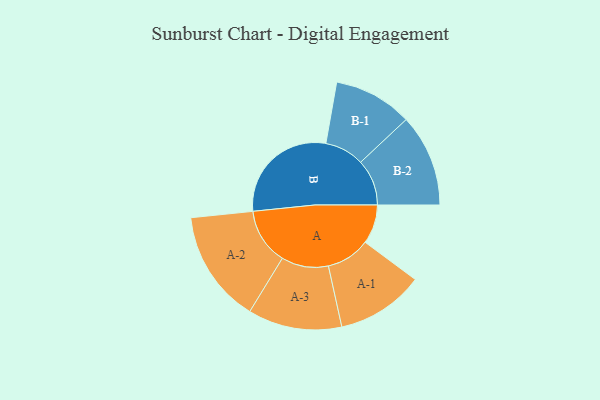
{"axis": {"x": "Segment", "y": "Value"}, "legend": ["", "A", "B"], "data": [{"x": "A", "y": 150, "type": ""}, {"x": "B", "y": 434, "type": ""}, {"x": "A-1", "y": 168, "type": "A"}, {"x": "A-2", "y": 216, "type": "A"}, {"x": "A-3", "y": 180, "type": "A"}, {"x": "B-1", "y": 151, "type": "B"}, {"x": "B-2", "y": 177, "type": "B"}]}